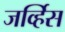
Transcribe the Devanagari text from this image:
जर्व्हिस